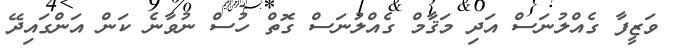
ވަޒީފާ ގެއްލުނަސް އަދި މަޤާމް ގެއްލުނަސް ގޮތް ހުސް ނުވާނެ ކަން އަންގައިދޭ